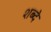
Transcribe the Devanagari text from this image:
शब्दे